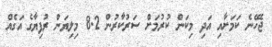
ޖެހޭނެ ކަމަށާއި އަދި މިކަން ކުރުމަށް ސަރުކާރުން 8.2 މިލިޔަން ރުފިޔާގެ އަގެއް